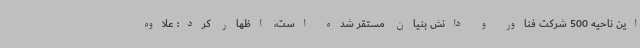
این ناحیه 500 شرکت فناور و دانش بنیان مستقر شده است، اظهار کرد: علاوه